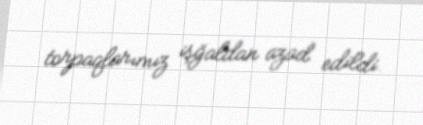
torpaqlarımız işğaldan azad edildi.